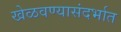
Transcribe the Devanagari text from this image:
खेळवण्यासंदर्भात